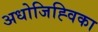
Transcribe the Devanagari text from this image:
अधोजिह्विका